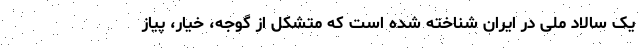
یک سالاد ملی در ایران شناخته شده است که متشکل از گوجه، خیار، پیاز